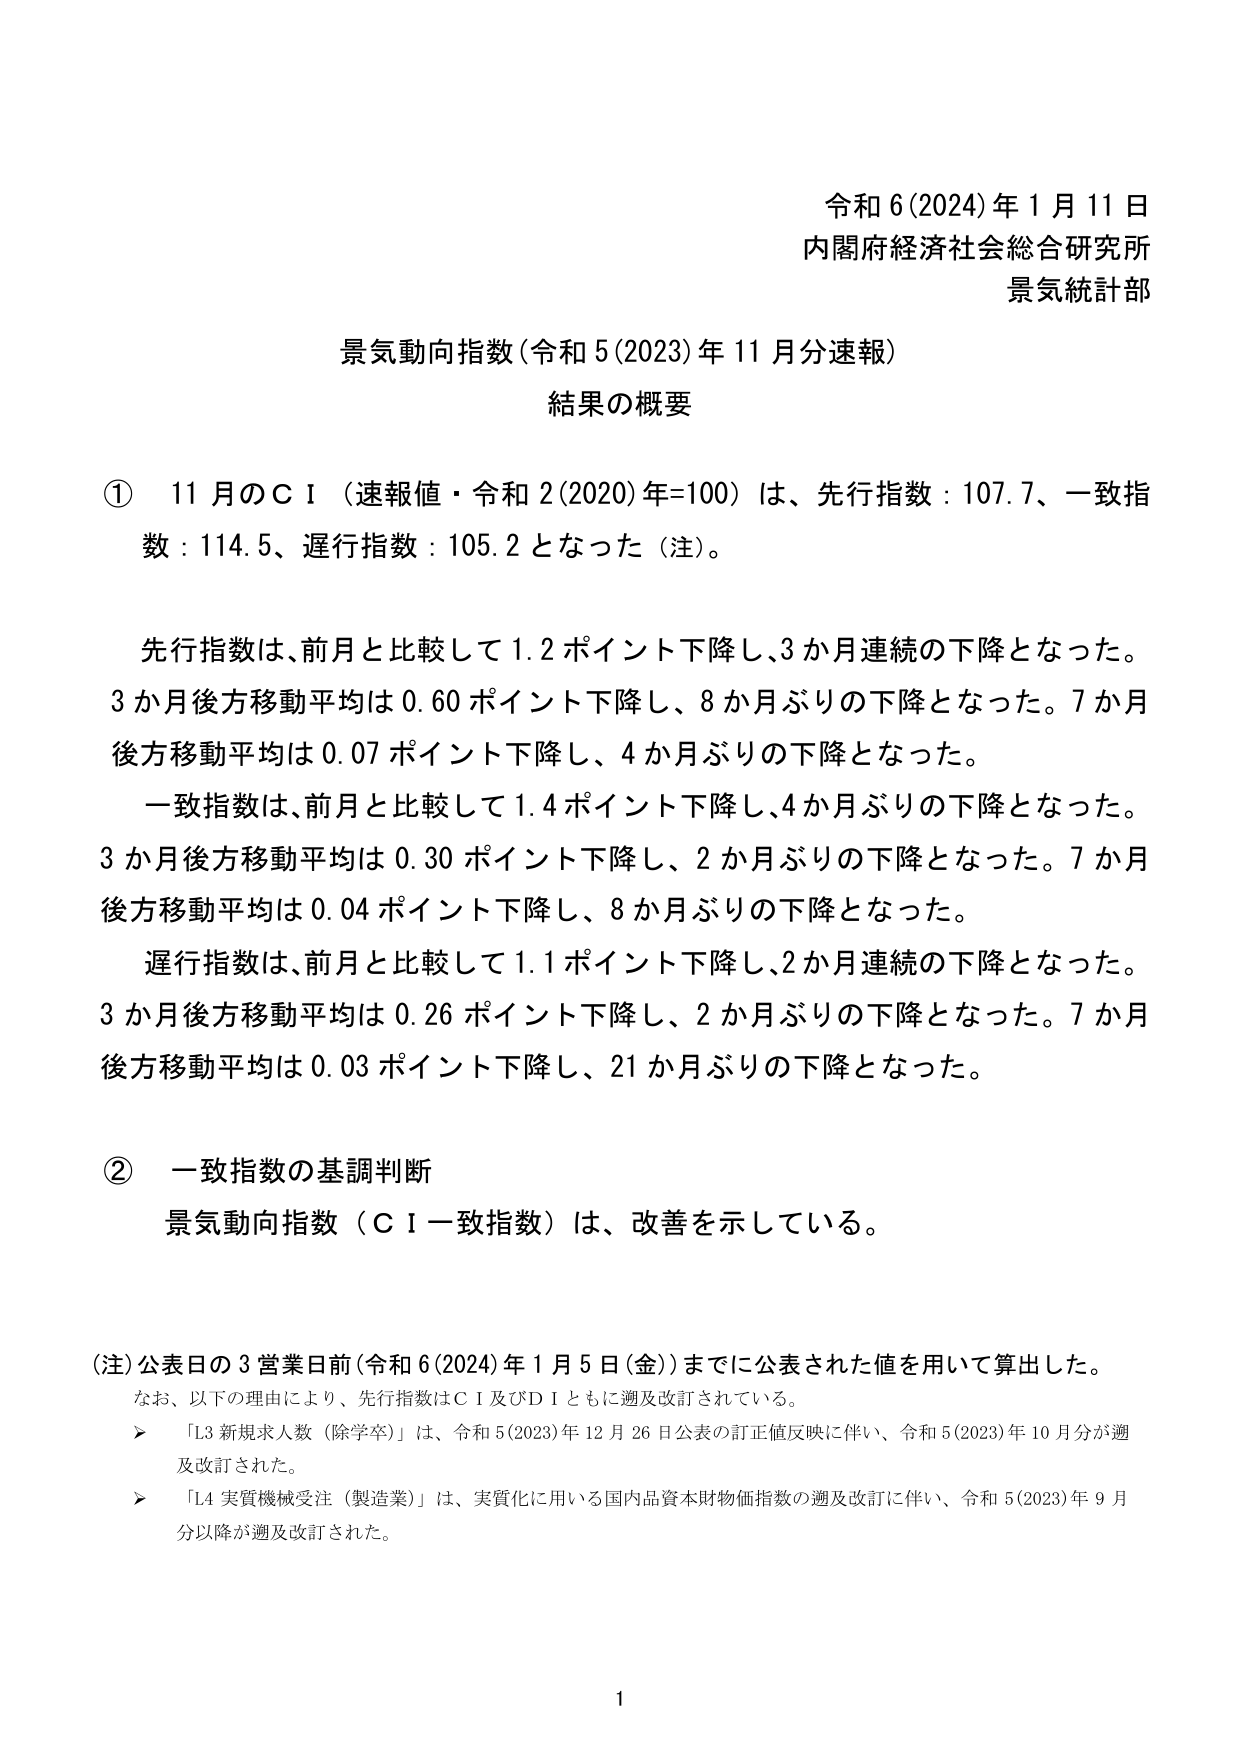
令和6(2024)年1月11日
内閣府経済社会総合研究所
景気統計部

景気動向指数（令和5(2023)年11月分速報）
結果の概要

① 11月のＣＩ（速報値・令和2(2020)年=100）は、先行指数：107.7、一致指数：114.5、遅行指数：105.2となった（注）。

先行指数は、前月と比較して1.2ポイント下降し、3か月連続の下降となった。
3か月後方移動平均は0.60ポイント下降し、8か月ぶりの下降となった。7か月後方移動平均は0.07ポイント下降し、4か月ぶりの下降となった。
一致指数は、前月と比較して1.4ポイント下降し、4か月ぶりの下降となった。
3か月後方移動平均は0.30ポイント下降し、2か月ぶりの下降となった。7か月後方移動平均は0.04ポイント下降し、8か月ぶりの下降となった。
遅行指数は、前月と比較して1.1ポイント下降し、2か月連続の下降となった。
3か月後方移動平均は0.26ポイント下降し、2か月ぶりの下降となった。7か月後方移動平均は0.03ポイント下降し、21か月ぶりの下降となった。

② 一致指数の基調判断
景気動向指数（ＣＩ一致指数）は、改善を示している。

（注）公表日の3営業日前（令和6(2024)年1月5日（金））までに公表された値を用いて算出した。
なお、以下の理由により、先行指数はＣＩ及びＤＩともに遡及改訂されている。
　▶ 「L3 新規求人数（除学卒）」は、令和5(2023)年12月26日公表の訂正値反映に伴い、令和5(2023)年10月分が遡及改訂された。
　▶ 「L4 実質機械受注（製造業）」は、実質化に用いる国内品資本財物価指数の遡及改訂に伴い、令和5(2023)年9月分以降が遡及改訂された。

1